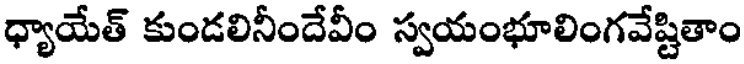
ధ్యాయేత్ కుండలినీందేవీం స్వయంభూలింగవేష్టితాం